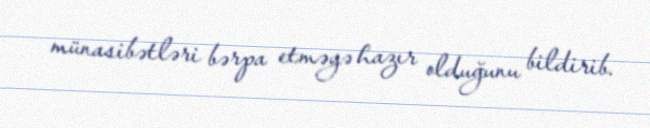
münasibətləri bərpa etməyə hazır olduğunu bildirib.